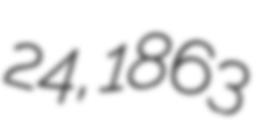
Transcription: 24, 1863